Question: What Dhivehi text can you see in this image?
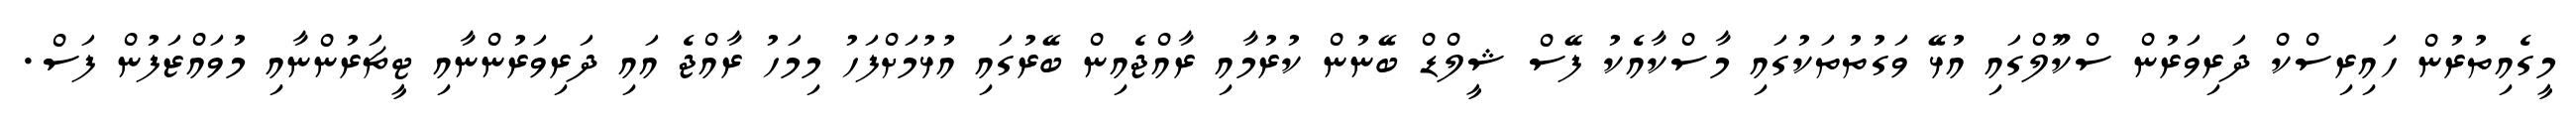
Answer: މީގެއިތުރުން ހައިރިސްކް ދަރިވަރުން ސްކޫލްގައި އުޅޭ ވަގުތުތަކުގައި މާސްކާއެކު ފޭސް ޝީލްޑް ބޭނުން ކުރުމާއި ރާއްޖެއިން ބޭރުގައި އުޅުމަށްފަހު މިމަހު ރާއްޖެ އައި ދަރިވަރުންނާއި ޓީޗަރުންނާއި މުވައްޒަފުން ފަސް.